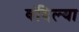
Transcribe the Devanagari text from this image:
वंदिल्या